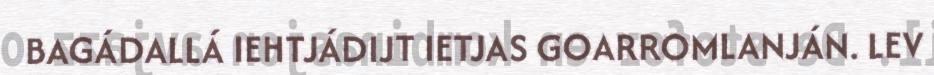
BAGÁDALLÁ IEHTJÁDIJT IETJAS GOARROMLANJÁN. LEV